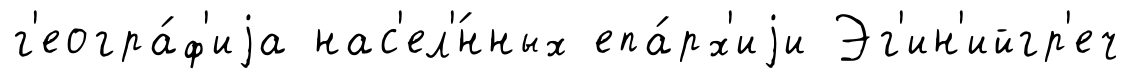
г'еогра́ф'иjа нас'ел'́нных епа́рх'иjи Эг'ин'ийгр'еч